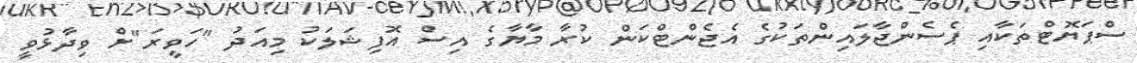
ސްޕަޔޮޓްތަކާއި ޕެސެންޖާލައިންތަކުގެ އެޖެންޓްކަން ކުރާ މާޔާގެ އިސް އޮފިޝަލަކު މިއަދު "ހަވީރަ"ށް ވިދާޅުވީ